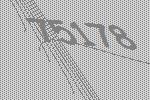
75178